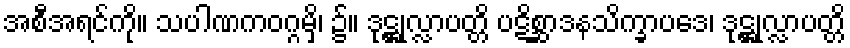
အစီအရင်ကို။ သပါဏကဝဂ္ဂမှိ၊ ၌။ ဒုဋ္ဌုလ္လာပတ္တိ ပဋိစ္ဆာဒနသိက္ခာပဒေ၊ ဒုဋ္ဌုလ္လာပတ္တိ